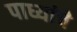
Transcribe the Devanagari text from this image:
पाध्यांचे